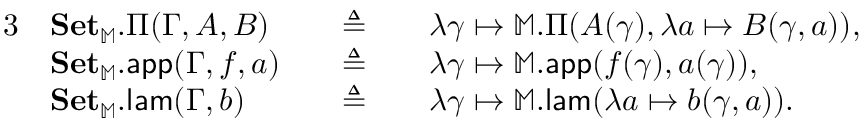
\begin{array} { r l r l r l } { { 3 } } & { \mathbf { S e t } _ { \mathbb { M } } . \Pi ( \Gamma , A , B ) } & & { \triangleq } & & { \lambda \gamma \mapsto \mathbb { M } . \Pi ( A ( \gamma ) , \lambda a \mapsto B ( \gamma , a ) ) , } \\ & { \mathbf { S e t } _ { \mathbb { M } } . \mathsf { a p p } ( \Gamma , f , a ) } & & { \triangleq } & & { \lambda \gamma \mapsto \mathbb { M } . \mathsf { a p p } ( f ( \gamma ) , a ( \gamma ) ) , } \\ & { \mathbf { S e t } _ { \mathbb { M } } . \mathsf { l a m } ( \Gamma , b ) } & & { \triangleq } & & { \lambda \gamma \mapsto \mathbb { M } . \mathsf { l a m } ( \lambda a \mapsto b ( \gamma , a ) ) . } \end{array}